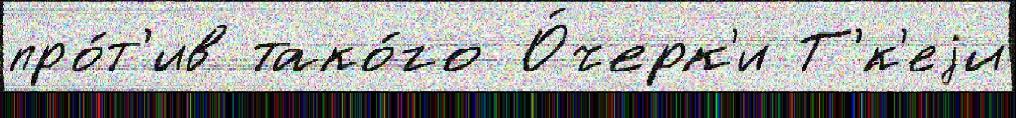
про́т'ив тако́го О́черк'и Т'́к'еjи